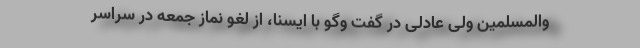
والمسلمین ولی عادلی در گفت وگو با ایسنا، از لغو نماز جمعه در سراسر